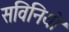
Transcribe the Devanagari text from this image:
सविनियो